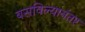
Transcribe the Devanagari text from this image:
बसविल्यानंतर